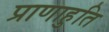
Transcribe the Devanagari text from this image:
प्राणाहुति